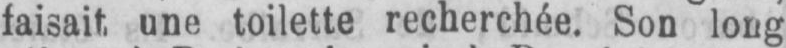
faisait, une toilette recherchée. Son long